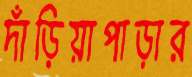
দাঁড়িয়াপাড়ার